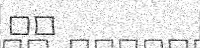
٥٦